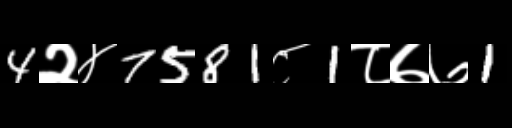
Text: 4२४7581८1८७७1